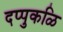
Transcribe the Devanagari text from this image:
दप्पुकळि